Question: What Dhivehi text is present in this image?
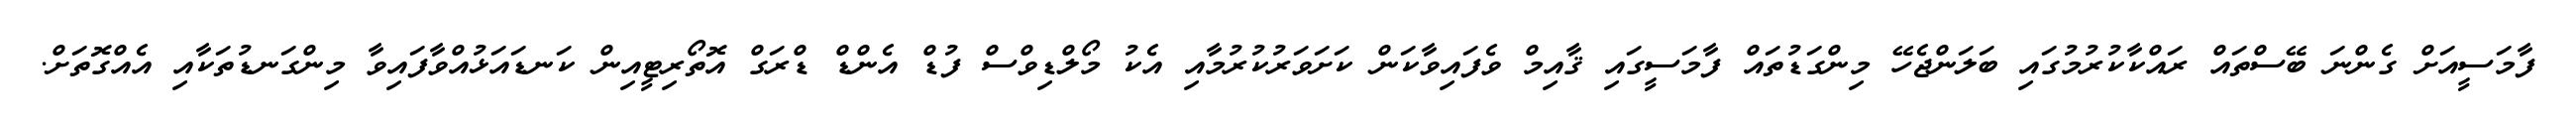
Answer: ފާމަސީއަށް ގެންނަ ބޭސްތައް ރައްކާކުރުމުގައި ބަލަންޖެހޭ މިންގަޑުތައް ފާމަސީގައި ޤާއިމް ވެފައިވާކަން ކަށަވަރުކުރުމާއި އެކު މޯލްޑިވްސް ފުޑް އެންޑް ޑްރަގް އޮތޯރިޓީއިން ކަނޑައަޅުއްވާފައިވާ މިންގަނޑުތަކާއި އެއްގޮތަށް.